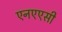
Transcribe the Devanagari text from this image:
एनएएसी